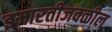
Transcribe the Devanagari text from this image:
इमारतीजवळील